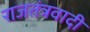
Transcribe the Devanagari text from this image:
राजतंत्रवादी